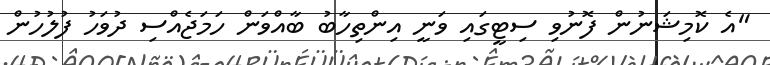
"އެ ކޮމިޝަނުން ފޮނުވި ސިޓީގައި ވަނީ އިންތިހާބު ބާއްވަން ހަމަޖެއްސި ދުވަހު ފުލުހުން